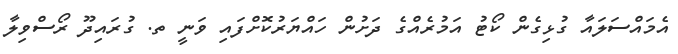
އެމައްސަލައާ ގުޅިގެން ކޯޓު އަމުރެއްގެ ދަށުން ހައްޔަރުކޮށްފައި ވަނީ ތ. ގުރައިދޫ ރޯސްވިލާ